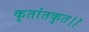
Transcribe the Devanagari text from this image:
कृतांतकृत।।